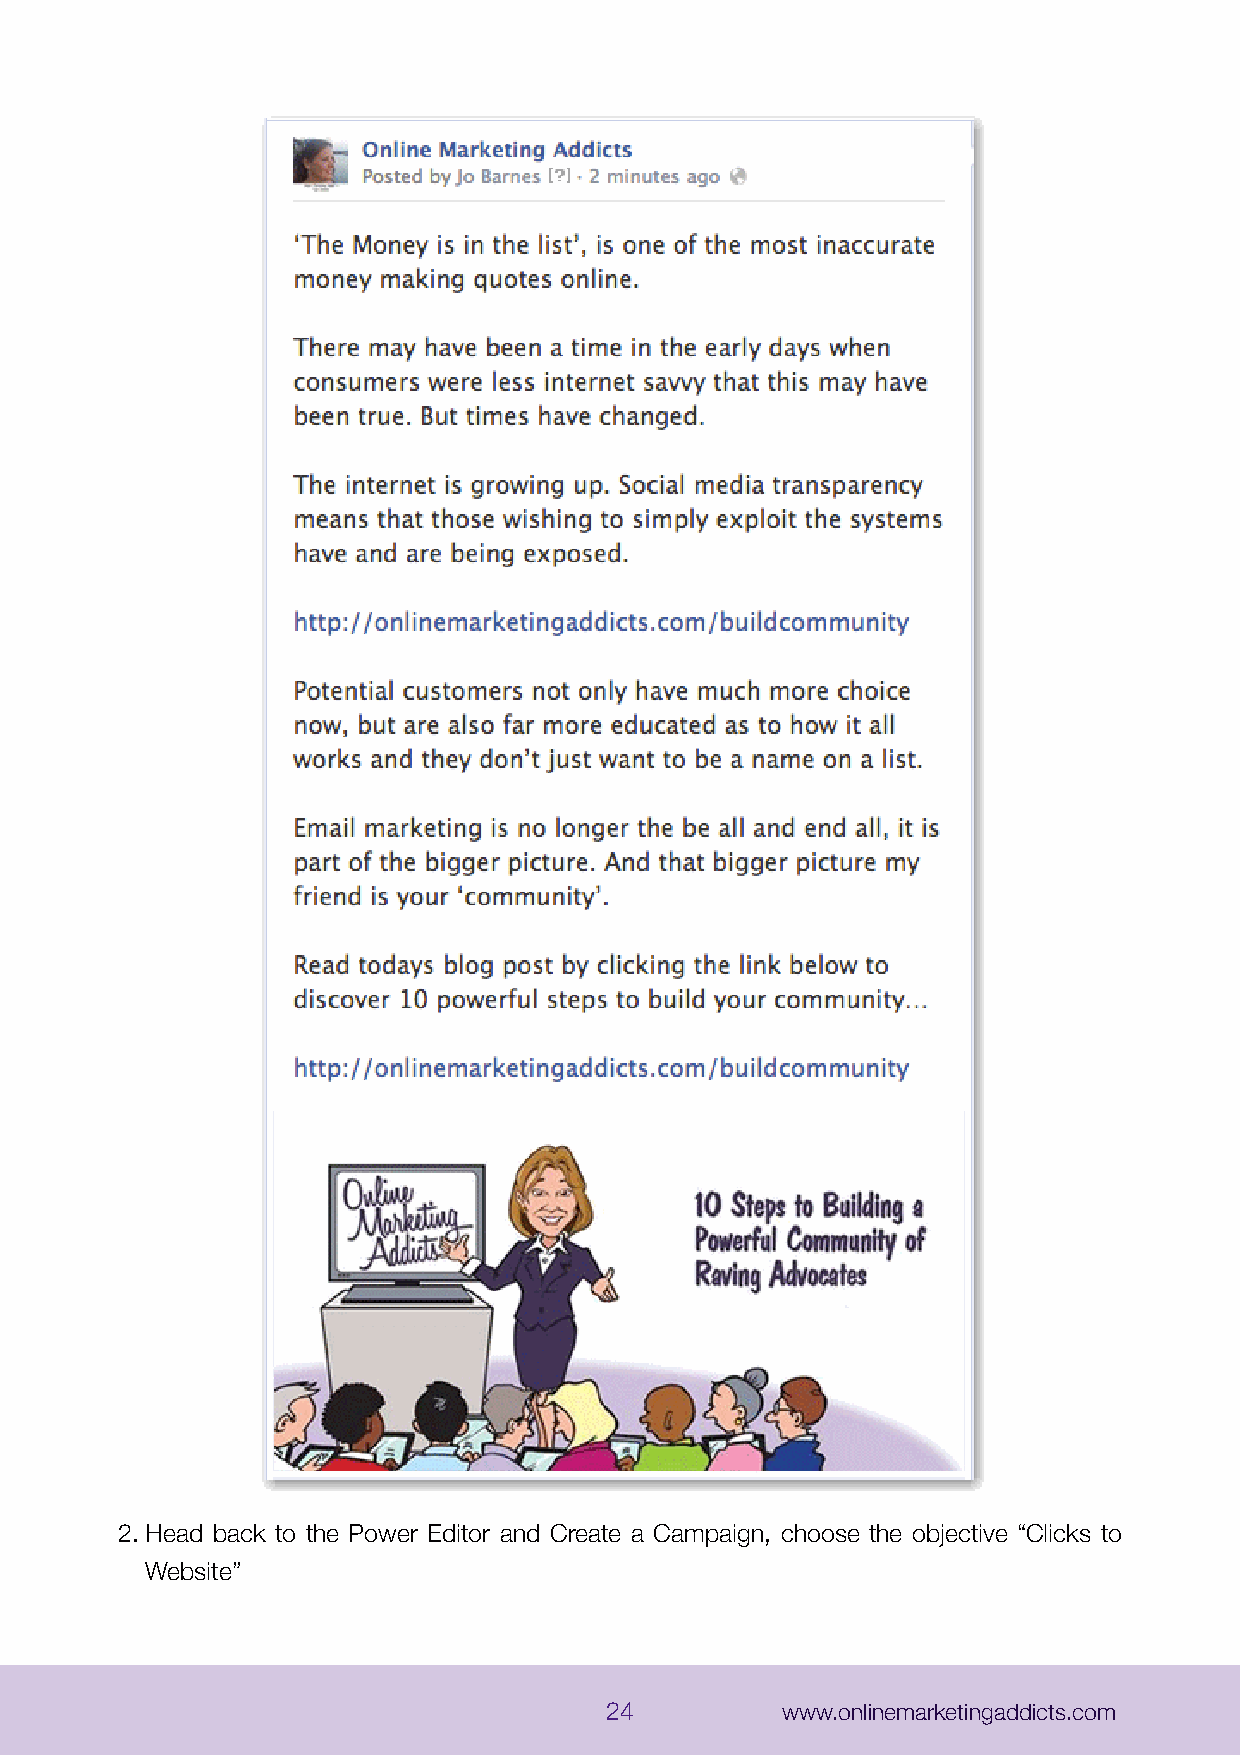
2.Head back to the Power Editor and Create a Campaign, choose the objective “Clicks to
 Website”
 24          www.onlinemarketingaddicts.com